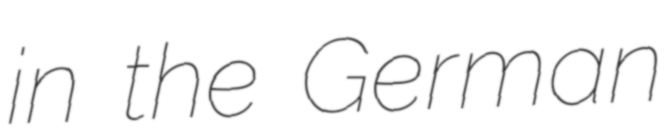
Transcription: in the German